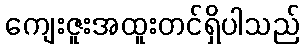
ကျေးဇူးအထူးတင်ရှိပါသည်